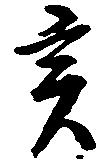
亥